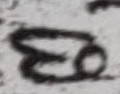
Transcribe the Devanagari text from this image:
छ